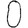
Digit: 0